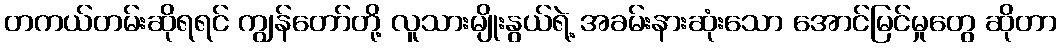
တကယ်တမ်းဆိုရရင် ကျွန်တော်တို့ လူသားမျိုးနွယ်ရဲ့ အခမ်းနားဆုံးသော အောင်မြင်မှုတွေ ဆိုတာ